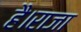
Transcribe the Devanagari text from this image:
है।राजा